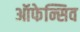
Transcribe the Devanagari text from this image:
ऑफेन्सिव